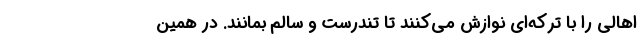
اهالی را با ترکه‌ای نوازش می‌کنند تا تندرست و سالم بمانند. در همین